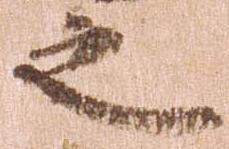
之